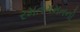
રમતગમતનો